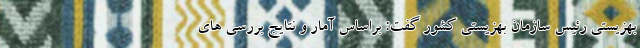
بهزیستی رئیس سازمان بهزیستی کشور گفت: براساس آمار و نتایج بررسی های